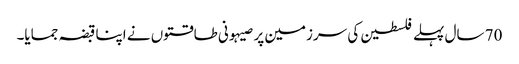
70 سال پہلے فلسطین کی سرزمین پر صیہونی طاقتوں نے اپنا قبضہ جمایا۔